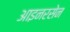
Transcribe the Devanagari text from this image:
आइनरसेन